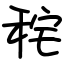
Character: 秺